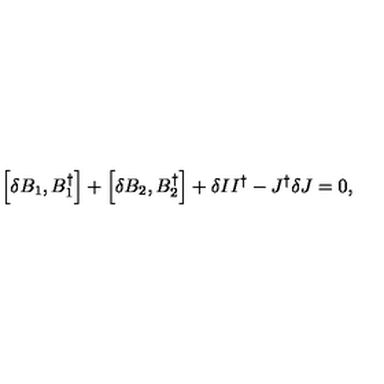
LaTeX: \left[ \delta B _ { 1 } , B _ { 1 } ^ { \dagger } \right] + \left[ \delta B _ { 2 } , B _ { 2 } ^ { \dagger } \right] + \delta I I ^ { \dagger } - J ^ { \dagger } \delta J = 0 ,